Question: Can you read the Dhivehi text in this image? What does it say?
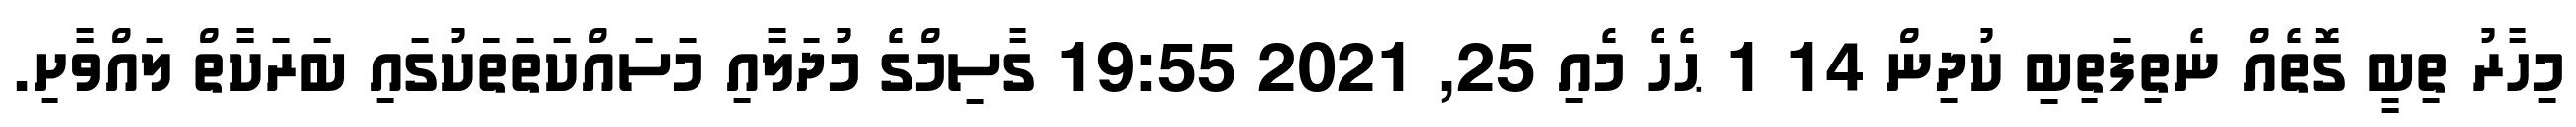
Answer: މިހާރު ތިބީ ގޮތެއް ނެތިފަތިބި ކުދިން 14 1 ޙެހެ މެއި 25, 2021 19:55 ގާސިމްގެ މުދަލާއި މަސައްކަތަތަކުގައި ބަރަކާތް ލައްވާށި.